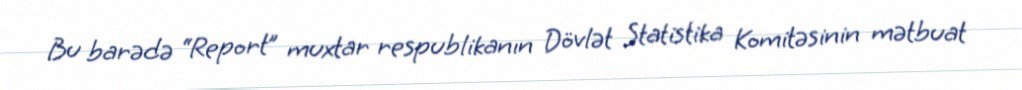
Bu barədə “Report” muxtar respublikanın Dövlət Statistika Komitəsinin mətbuat